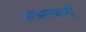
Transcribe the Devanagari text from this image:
आश्रमस्थानी